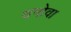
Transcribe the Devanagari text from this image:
धनोवा